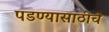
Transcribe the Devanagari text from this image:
पडण्यासाठीचे